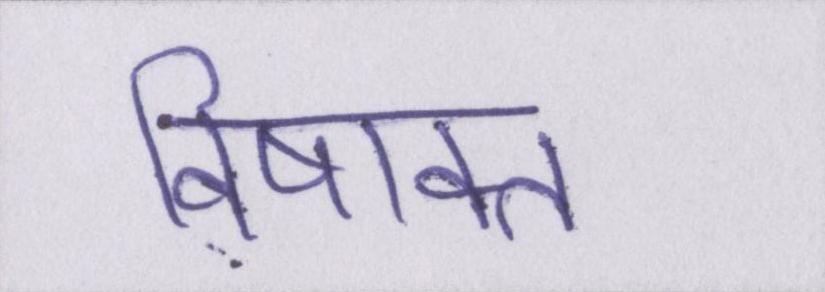
विषाक्त